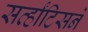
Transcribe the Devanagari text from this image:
सर्व्हांटिसने